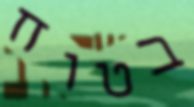
בטוח